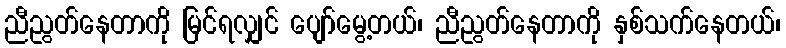
ညီညွတ်နေတာကို မြင်ရလျှင် ပျော်မွေ့တယ်၊ ညီညွတ်နေတာကို နှစ်သက်နေတယ်၊